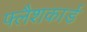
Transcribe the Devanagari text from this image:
फ्लैशकार्ड